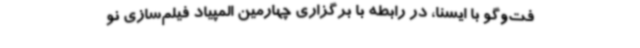
فت‌وگو با ایسنا، در رابطه با برگزاری چهارمین المپیاد فیلم‌سازی نو